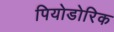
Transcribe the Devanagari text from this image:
पियोडोरिक